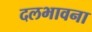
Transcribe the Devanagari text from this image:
दलभावना